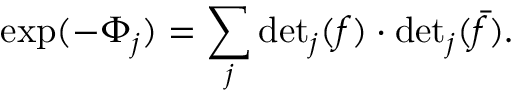
\exp ( - \Phi _ { j } ) = \sum _ { j } \mathrm { d e t } _ { j } ( f ) \cdot \mathrm { d e t } _ { j } ( \bar { f } ) .